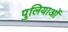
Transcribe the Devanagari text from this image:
पुलियाओं